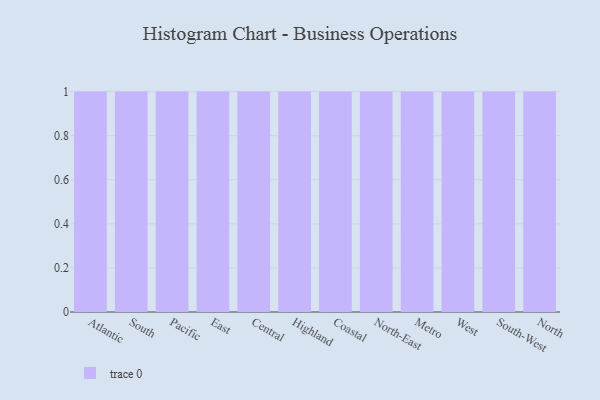
{"axis": {"x": "Region", "y": "Inventory Turnover"}, "legend": [""], "data": [{"x": "Atlantic", "y": 89, "type": ""}, {"x": "South", "y": 30, "type": ""}, {"x": "Pacific", "y": 100, "type": ""}, {"x": "East", "y": 17, "type": ""}, {"x": "Central", "y": 39, "type": ""}, {"x": "Highland", "y": 50, "type": ""}, {"x": "Coastal", "y": 63, "type": ""}, {"x": "North-East", "y": 53, "type": ""}, {"x": "Metro", "y": 91, "type": ""}, {"x": "West", "y": 83, "type": ""}, {"x": "South-West", "y": 96, "type": ""}, {"x": "North", "y": 67, "type": ""}]}